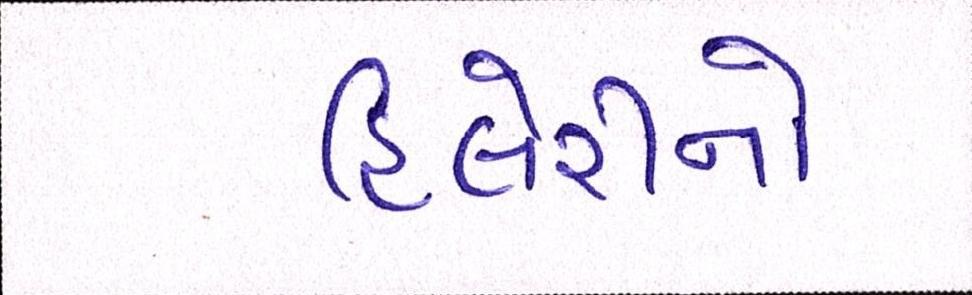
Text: હિલેરીનો